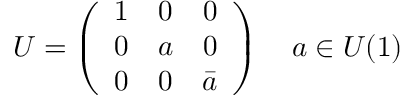
U = \left( \begin{array} { c c c } { { 1 } } & { { 0 } } & { { 0 } } \\ { { 0 } } & { { a } } & { { 0 } } \\ { { 0 } } & { { 0 } } & { { \bar { a } } } \end{array} \right) \quad a \in U ( 1 )